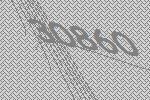
30860